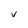
Character: v